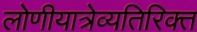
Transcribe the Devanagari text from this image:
लोणीयात्रेव्यतिरिक्त